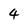
Character: 4